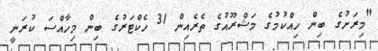
"މިރަށުގެ ބިން ހިއްކުމުގެ މަޝްރޫއުގެ ތެރެއިން 31 ހެކްޓަރުގެ ބިން މިހާއްސަ ކުރަނީ